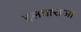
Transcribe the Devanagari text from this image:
इलयाराजा